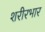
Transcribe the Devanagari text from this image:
शरीरभार